Vital statistics of India. Vol. IV, Annual returns from 1871 to 1876. British Army of India, Native Army and jails of Bengal
Year: 1871
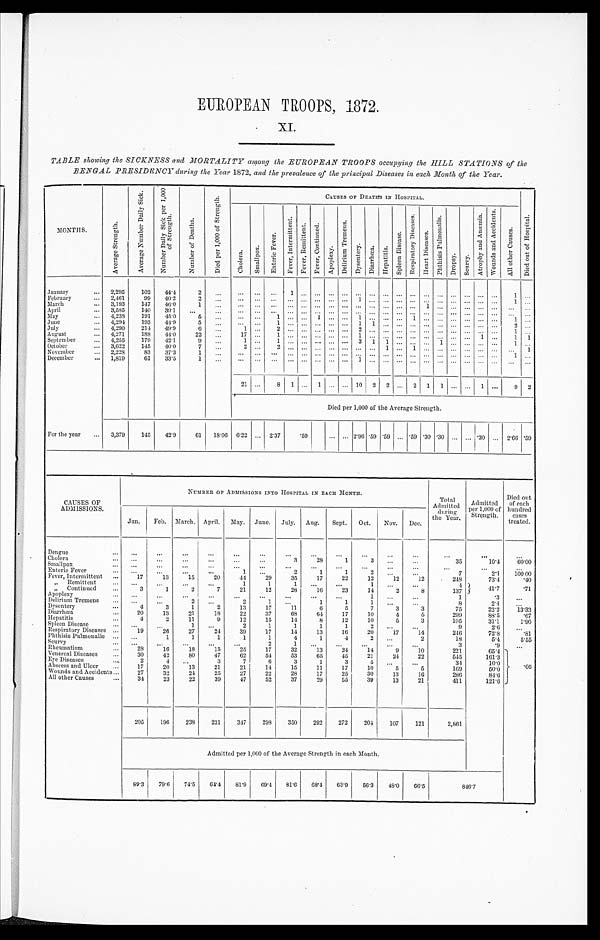
EUROPEAN TROOPS, 18
72.
X I .
TABLE showing the SICKNESS and MORTALITY among the EUROPEAN TROOPS occupying the HILL STATIONS of the
BENGAL PRESIDENCY during the Year 1872, and the prevalence of the principal Diseases in each Month of the Year.
MONTHS.
A v e r a g e S t r e n g t h .
A v e r a g e N u m b e r D a i l y S i c k .
N u m b e r D a i l y S i c k p e r 1 , 0 0 0 o f S t r e n g t h .
N u m b e r o f D e a t h s .
D i e d p e r 1 , 0 0 0 o f S t r e n g t h .
CAUSES OF DEATHS IN HOSPITAL.
D i e d o u t o f H o s p i t a l .
C h o l e r a . S m a l l p o x .
E n t e r i c F e v e r .
F e v e r , I n t e r m i t t e n t . F e v e r , R e m i t t e n t . F e v e r , C o n t i n u e d .
A p o p l e x y .
D e l i r i u m T r e m e n s .
D y s e n t e r y .
D i a r r h œ a .
H e p a t i t i s .
S p l e e n D i s e a s e .
R e s p i r a t o r y D i s e a s e s .
H e a r t D i s e a s e s .
P h t h i s i s P u l m o n a l i s .
D r o p s y .
S c u r v y .
A t r o p h y a n d A n æ m i a .
W o u n d s a n d A c c i d e n t s .
A l l o t h e r C a u s e s .
January
... 2,295
102 44.4
2
...... . . . ...
1
. . . . . .
...... . . . ...
... ... ... ...
... . . .
...
. . .
...
1 ...
February
... 2,461
9 9 4 0 . 2
2
...... . . . ... . . . . . . . . .
... ... 1 ... ... . . . ...... . . .
. . . . . .
. . . ...
1
. . .
March
... 3,193
147 46.0
1 ...
... ...
. . . ... ... ... ... ... ... ... ...
. . . ... 1 ...
. . . ... ... ... ... ...
April
... 3,585
140 39.1 ...
...
... ... ... . . .
. . . . . .
... ...
. . .... ... ... ...... ... . . . . . .
. . . ... ... ...
May
...
4 , 2 3 8
191
4 5 . 0
5 ....
... ...
1 ... ... 1 ...... 1 ...... . . . 1 ...... . . . . . . ... ...
1
. . .
June
4,294 193 44.9
5
... ... ...
1
. . . . . . . . .
... ... 1 1 ... . . . ... ... ... ...
. . . . . . . . . 2 ...
July
... 4,290 214 49.9
6 ... 1
. . . 2
. . . . . . . . .
...... 2 ...... . . . ......... . . . . . . . . . . . . 1 ...
August
... 4,271
188
4 4 . 0 22 ...
17 ... 1
. . . . . . . . . ... ...
1 ...... . . . ...... ... ... ... 1 ...
1 1
September
... 4,255
179
4 2 . 1
9 ...
1 . . . 1
. . . . . . . . .
... ... ... 3 1 1
. . . ......1
. . . . . . . . .
... 1
. . .
October
... 3,622
145 40.0
7 ...
2 . . .
2
. . . . . . . . .
...... . . .
...1
. . . 1...... . . . . . . ... ... ... 1
November
... 2,228
83
37.3
1
... ... ...
. . . ... ...
. . .
... ... ... ... ... ... ... ... ... ... ... ... ...
1 ...
December
... 1,819
6 133.5
1 ...
... ... ... ... ... ... ... ... 1 ...... ... ...... ... ... ... ... ...
. . . . . .
8
.., 1
... 10 2 2 ... 2 1 1 ... ... 1 ..
9 2
Died per 1,000 of the Average Strength.
For the year ... 3,379 145
4 2 . 9 61 18.06 6.22 ... 2.37
.59
... ... 2.96 .59 .59 ... .59 .30 .30 ...
. . .
.30 ... 2.66
. 5 9
CAUSES OF
ADMISSIONS.
NUMBER OF ADMISSIONS INTO HOSPITAL IN EACH MONTH.
Total
Admitted during
t h e Y e a r
.
Admitted
Per 1,000 of
Strength.
Died out
of each
hundred
cases
treated.
Jan. Feb. March. April. May. June. July. Aug. Sept. Oct. Nov. Dec.
Dengue
... ...
...
...
. . .
...
...
...
...
...
...
...
...
...
. . . ...
Cholera
...
. . .
. . .
. . . ...
. . . ...
3
28
1
3 ...
...
35
1 0 . 4
60.00
Smallpox
...
. . .
...
. . .
. . .
. . . ...
...
...
...
...
...
...
. . . ...
...
Enteric Fever
...
. . .
. . . . . .
...
1 ...
2
1
1
2
. . .
...
7
2.1
100.00
Fever, Intermittent ...
1 7
1 3
15
20
44
29
35
17
22
12
12
12
248
7 3 . 4
. 4 0
„ Remittent
. . .
. . .
...
...
1
1
1 ...
...
1 . . .
. . .
4
41.7
.71
„ Continued
3
1
2
7
21
12
28
16
23
14
2
8
137
Apoplexy
... ...
. . . ...
...
. . . ...
...
...
...
1 . . .
...
1
.3
...
Delirium Tremens ... ...
...
2
. . .
2
1
. . .
1
1
1
. . .
. . .
8
2.4
. . .
Dysentery
...
4
3
1
2
13
17
11
6
5
7
3
3
75
22.2
13.33
Diarrhœa ...
20
13
21
18
22
37
68
64
17
10
4
5
299
88.5
. 6 7
Hepatitis
...
4
2
11
9
12
15
14
8
12
10
5
3
105
31.1
1.90
Spleen Disease
... ...
. . .
1 ...
2
1
1
1
1
2
. . . ...
9
2.6
...
Respiratory Diseases ...
19
26
27
24
39
17
14
13
16
20
17
14
246
72.8
. 8 1
Phthisis Pulmonalis.
. . .
1
1
1
1
1
4
1
4
2
. . .
2
18
5 . 4
5.55
Scurvy
...
. . .
. . . . . .
...
. . .
2
1 ...
...
...
...
...
3
.9
. . .
Rheumatism
28
16
18
15
25
17
32
13
24
14
4
10
221
65.4
. 6 6
Venereal Diseases
...
30
42
80
47
62
54
53
65
45
21
24
22
545
161.3
Eye Diseases
2
4
. . .
3
7
6
3
1
3
5 ...
...
34
10.0
Abscess and Ulcer
...
17
20
13
21
21
14
15
11
17
10
5
5
169
50.0
Wounds and Accidents ...
27
32
24
25
27
22
28
17
25
30
13
16
286
84.6
All other Causes
...
34
23
22
39
47
52
37
29
55
39
13
21
411
1 2 1 . 6
.
205
196 238
231
347
298 350
292 272
204
107
121
2,861
Admitted per 1,000 of the Average Strength in each Month.
89.3 79.6
74.5
6 4 . 4 81.9
6 9 . 4 81.6
6 8 . 4 63.9
5 6 . 3 48.0
66.5
8 4 6 . 7